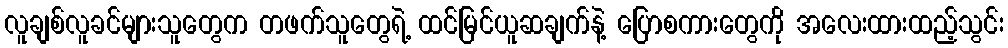
လူချစ်လူခင်များသူတွေက တဖက်သူတွေရဲ့ ထင်မြင်ယူဆချက်နဲ့ ပြောစကားတွေကို အလေးထားထည့်သွင်း